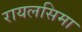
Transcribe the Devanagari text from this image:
रायलसिमा